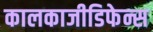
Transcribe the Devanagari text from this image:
कालकाजीडिफेन्स